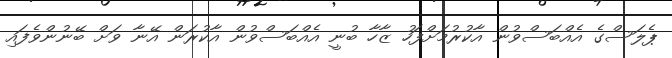
ޕެލަސްގެ އެއްބަސްވުން އާކުރުމަށްފަހު ޒާހާ ބުނީ އެއްބަސްވުން އާކުރަން އޭނާ ވަށް ބޭނުންވެފައި